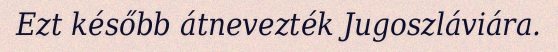
Ezt később átnevezték Jugoszláviára.